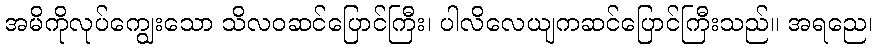
အမိကိုလုပ်ကျွေးသော သိလဝဆင်ပြောင်ကြီး၊ ပါလိလေယျကဆင်ပြောင်ကြီးသည်။ အရညေ၊